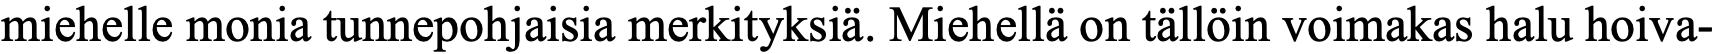
miehelle monia tunnepohjaisia merkityksiä. Miehellä on tällöin voimakas halu hoiva-